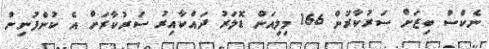
ނެކްސް ބިޒަށް ސަރުކާރުން 166 މިލިއަން ޑޮލަރު ދައްކާއިރު ސަރުކާރަށް އެ ކުންފުނިން